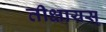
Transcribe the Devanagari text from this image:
तीक्षायस्